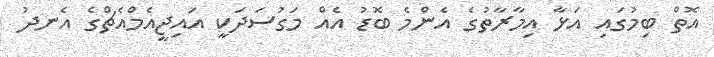
އޮތް ބިމުގައި އަޅާ އިމާރާތުގެ އެންމެ ބޮޑު އެއް މަގުސަދަކީ އައިޖީއެމްއެޗްގެ އެނދު